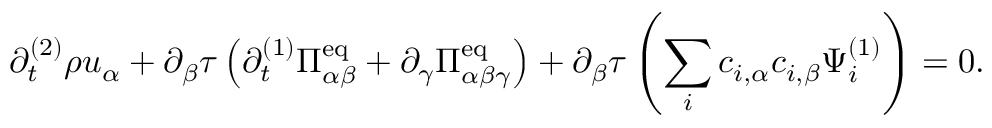
\partial _ { t } ^ { ( 2 ) } \rho u _ { \alpha } + \partial _ { \beta } \tau \left( \partial _ { t } ^ { ( 1 ) } \Pi _ { \alpha \beta } ^ { \mathrm { e q } } + \partial _ { \gamma } \Pi _ { \alpha \beta \gamma } ^ { \mathrm { e q } } \right) + \partial _ { \beta } \tau \left( \sum _ { i } c _ { i , \alpha } c _ { i , \beta } \Psi _ { i } ^ { ( 1 ) } \right) = 0 .